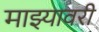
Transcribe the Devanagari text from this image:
माझ्यावरी